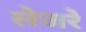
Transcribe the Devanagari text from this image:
लेजरे